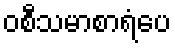
ဝစီသမာစာရံပေ